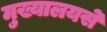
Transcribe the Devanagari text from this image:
मुख्यालयसे